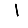
Digit: 1